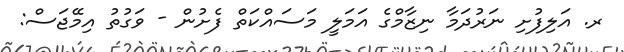
ރ. އަލިފުށި ނަރުދަމާ ނިޒާމްގެ އަމަލީ މަސައްކަތް ފެށުން - ވަގުތު އިމޭޖަސް: